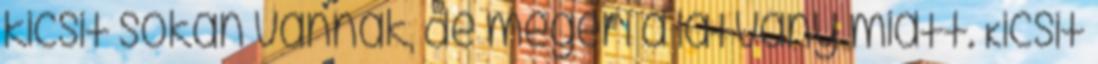
kicsit sokan vannak, de megéri a látvány miatt. Kicsit